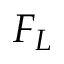
F _ { L }